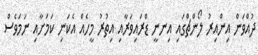
ދުއްވަން އިންއިރު ލޯންޗްގައި އިނނީ ޑްރައިވަރާއި އިތުރު މީހެއް އެކަނި ކަމަށާއި ނަމަވެސް